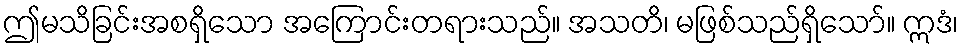
ဤမသိခြင်းအစရှိသော အကြောင်းတရားသည်။ အသတိ၊ မဖြစ်သည်ရှိသော်။ ဣဒံ၊